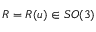
R = R ( u ) \in S O ( 3 )